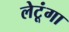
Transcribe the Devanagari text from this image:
लेटूंगा